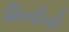
મિનીનો